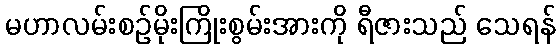
မဟာလမ်းစဉ်မိုးကြိုးစွမ်းအားကို ရီဇားသည် သေရန်